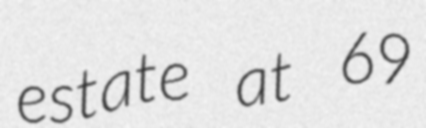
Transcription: estate at 69